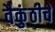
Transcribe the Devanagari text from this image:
वैकुंठीचें